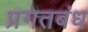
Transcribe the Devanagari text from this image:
प्रगतबंध